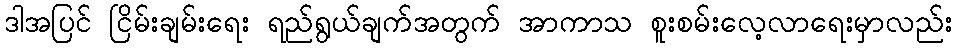
ဒါအပြင် ငြိမ်းချမ်းရေး ရည်ရွယ်ချက်အတွက် အာကာသ စူးစမ်းလေ့လာရေးမှာလည်း